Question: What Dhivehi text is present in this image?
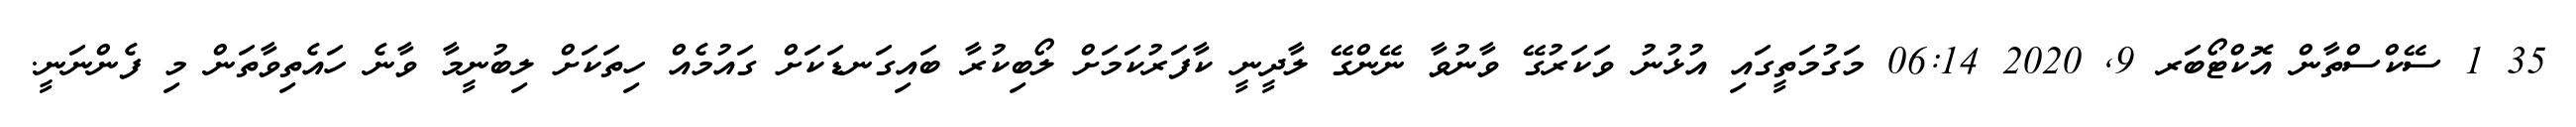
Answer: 35 1 ސޭކްސްތާން އޮކްޓޯބަރ 9, 2020 06:14 މަގުމަތީގައި އުޅުނު ވަކަރުގޭ ވާނުވާ ނޭންގޭ ލާދީނީ ކާފަރުކަމަށް ލޯބިކުރާ ބައިގަނޑަކަށް ގައުމެއް ހިތަކަށް ލިބުނީމާ ވާނެ ހައެތިވާތަން މި ފެންނަނީ.